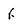
Character: f